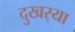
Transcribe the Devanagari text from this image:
दुखर्‍या